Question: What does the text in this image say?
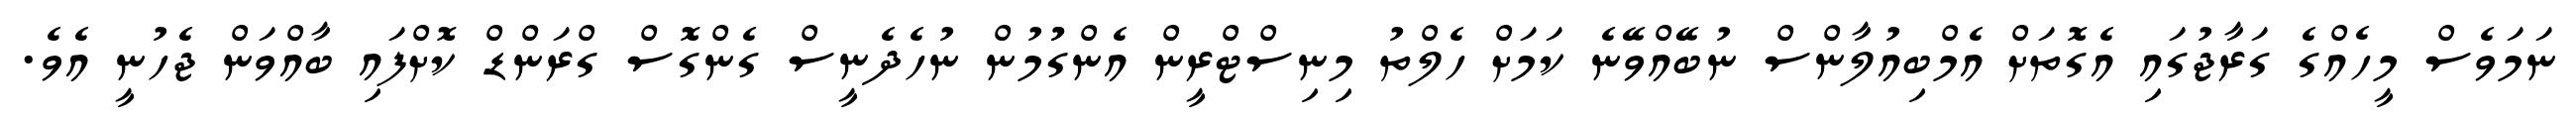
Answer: ނަމަވެސް މީހެއްގެ ގަރާޖުގައި އެގޮތަށް އެމްބިއުލާންސް ނުބޭއްވޭނެ ކަމަށް ހެލްތު މިނިސްޓްރީން އެންގުުމުން ނުހެދެނީސް ގެންގޮސް ގްރަންޑް ކޮށްފައި ބާއްވަން ޖެހުނީ އެވެ.